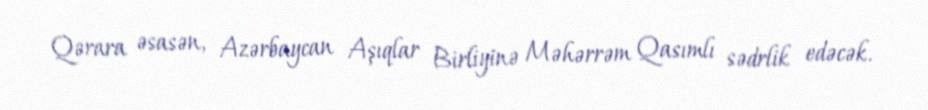
Qərara əsasən, Azərbaycan Aşıqlar Birliyinə Məhərrəm Qasımlı sədrlik edəcək.